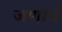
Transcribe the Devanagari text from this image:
जणांचं